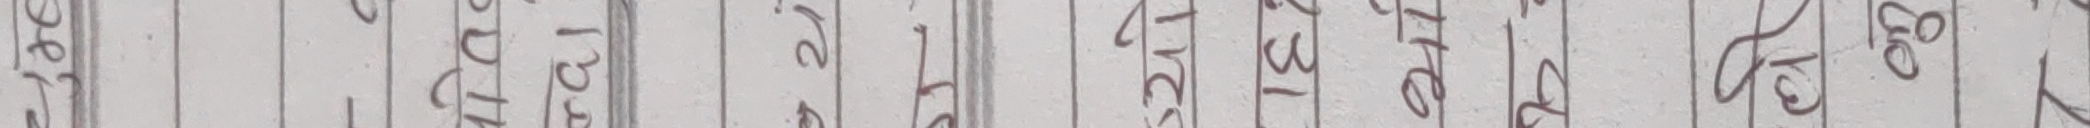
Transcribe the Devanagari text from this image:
६० ५० ५५ ७० ८० ११० १० ७५ ३५ ३१ ४० ४५ ७३ ८२ १५ १७ २५ २२ २० १२ २८ ३० ३७ २३ ३९